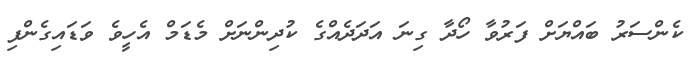
ކެންސަރު ބައްޔަށް ފަރުވާ ހޯދާ ގިނަ އަދަދެއްގެ ކުދިންނަށް މެޑަމް އެހީވެ ވަޑައިގެންފި